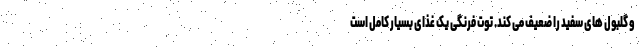
و گلبول های سفید را ضعیف می کند. توت فرنگی یک غذای بسیار کامل است